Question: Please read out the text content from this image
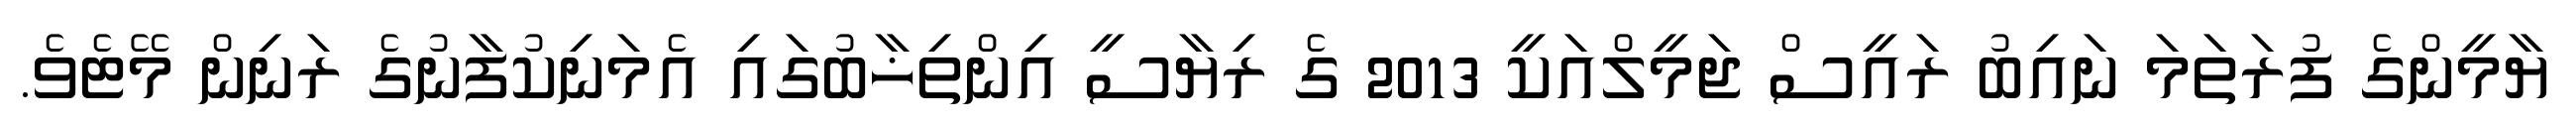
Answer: ޔާމީންގެ ފުރަތަމަ ނައިބު ރައީސް ޖަމީލްއަކީ 2013 ގެ ރިޔާސީ އިންތިޚާބުގައި އެމަނިކުފާނުގެ ރަނިން މޭޓެވެ.